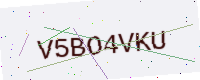
Text: V5BO4VKU